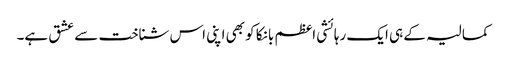
کمالیہ کے ہی ایک رہائشی اعظم بانکا کو بھی اپنی اس شناخت سے عشق ہے۔